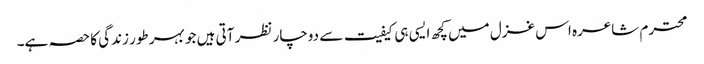
محترم شاعرہ اس غزل میں کچھ ایسی ہی کیفیت سے دوچار نظر آتی ہیں جو بہر طور زندگی کا حصہ ہے۔